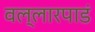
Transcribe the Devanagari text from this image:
वल्लारपाडं